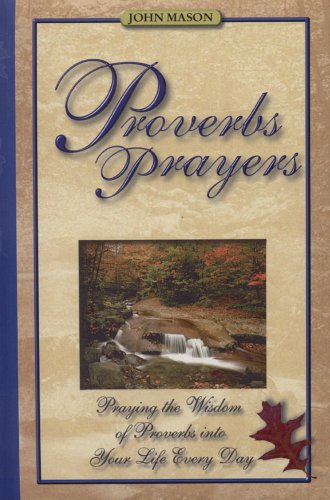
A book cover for Proverbs Prayers; John Mason; Christian Books & Bibles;